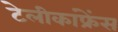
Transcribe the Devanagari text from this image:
टेलीकांफ्रेंस